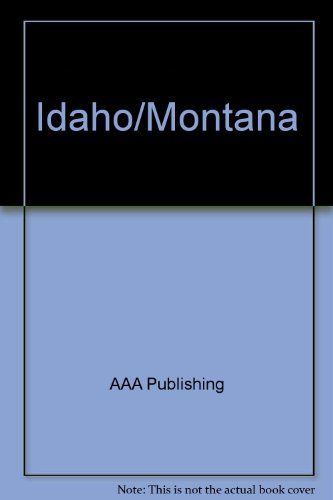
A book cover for Idaho/Montana; AAA Publishing; Travel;